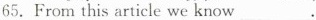
65.From this article we know___.